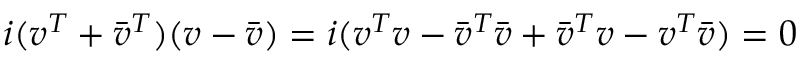
i ( v ^ { T } + { \bar { v } } ^ { T } ) ( v - { \bar { v } } ) = i ( v ^ { T } v - { \bar { v } } ^ { T } { \bar { v } } + { \bar { v } } ^ { T } v - v ^ { T } { \bar { v } } ) = 0